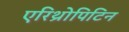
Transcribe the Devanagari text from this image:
एरिथ्रोपिटिन